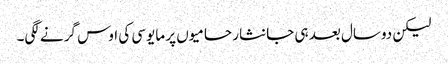
لیکن دوسال بعد ہی جانثار حامیوں پر مایوسی کی اوس گرنے لگی۔